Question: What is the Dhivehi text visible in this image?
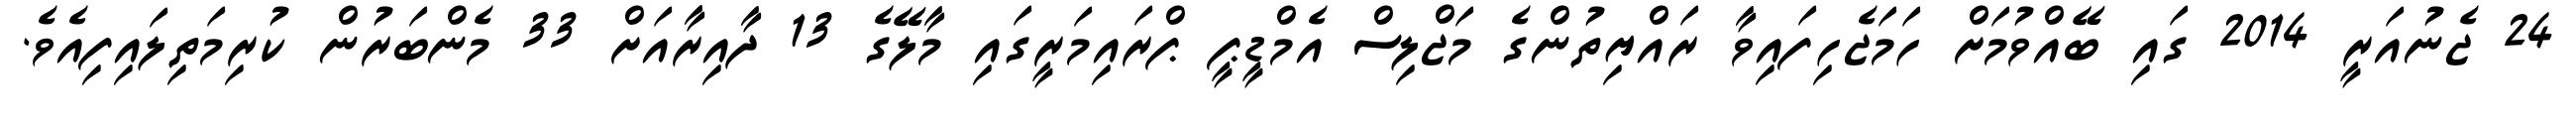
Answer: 24 ޖެނުއަރީ 2014 ގައި ބޭއްވުމަށް ހަމަޖެހިފައިވާ ރައްޔިތުންގެ މަޖްލިސް އެމްޑީޕީ ޕްރައިމަރީގައި މާލޭގެ 13 ދާއިރާއަށް 33 މެންބަރުން ކުރިމަތިލައިފިއެވެ.